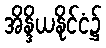
အိန္ဒိယနိုင်ငံ၌